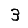
Digit: 3